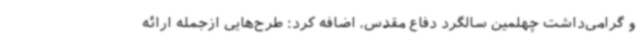
و گرامی‌داشت چهلمین سالگرد دفاع مقدس، اضافه کرد: طرح‌هایی ازجمله ارائه